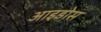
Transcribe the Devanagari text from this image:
आइडोस